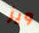
ويز